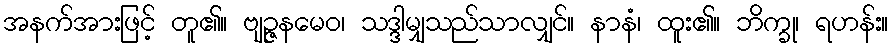
အနက်အားဖြင့် တူ၏။ ဗျဉ္ဇနမေဝ၊ သဒ္ဒါမျှသည်သာလျှင်။ နာနံ၊ ထူး၏။ ဘိက္ခု၊ ရဟန်း။